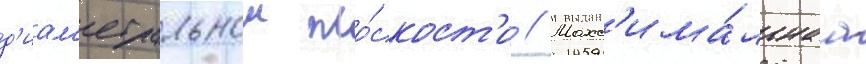
д'иам'етральнои пло́скост'и // Макс'има́льнаа